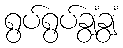
ရွပ်ရွပ်ချွံချွံ